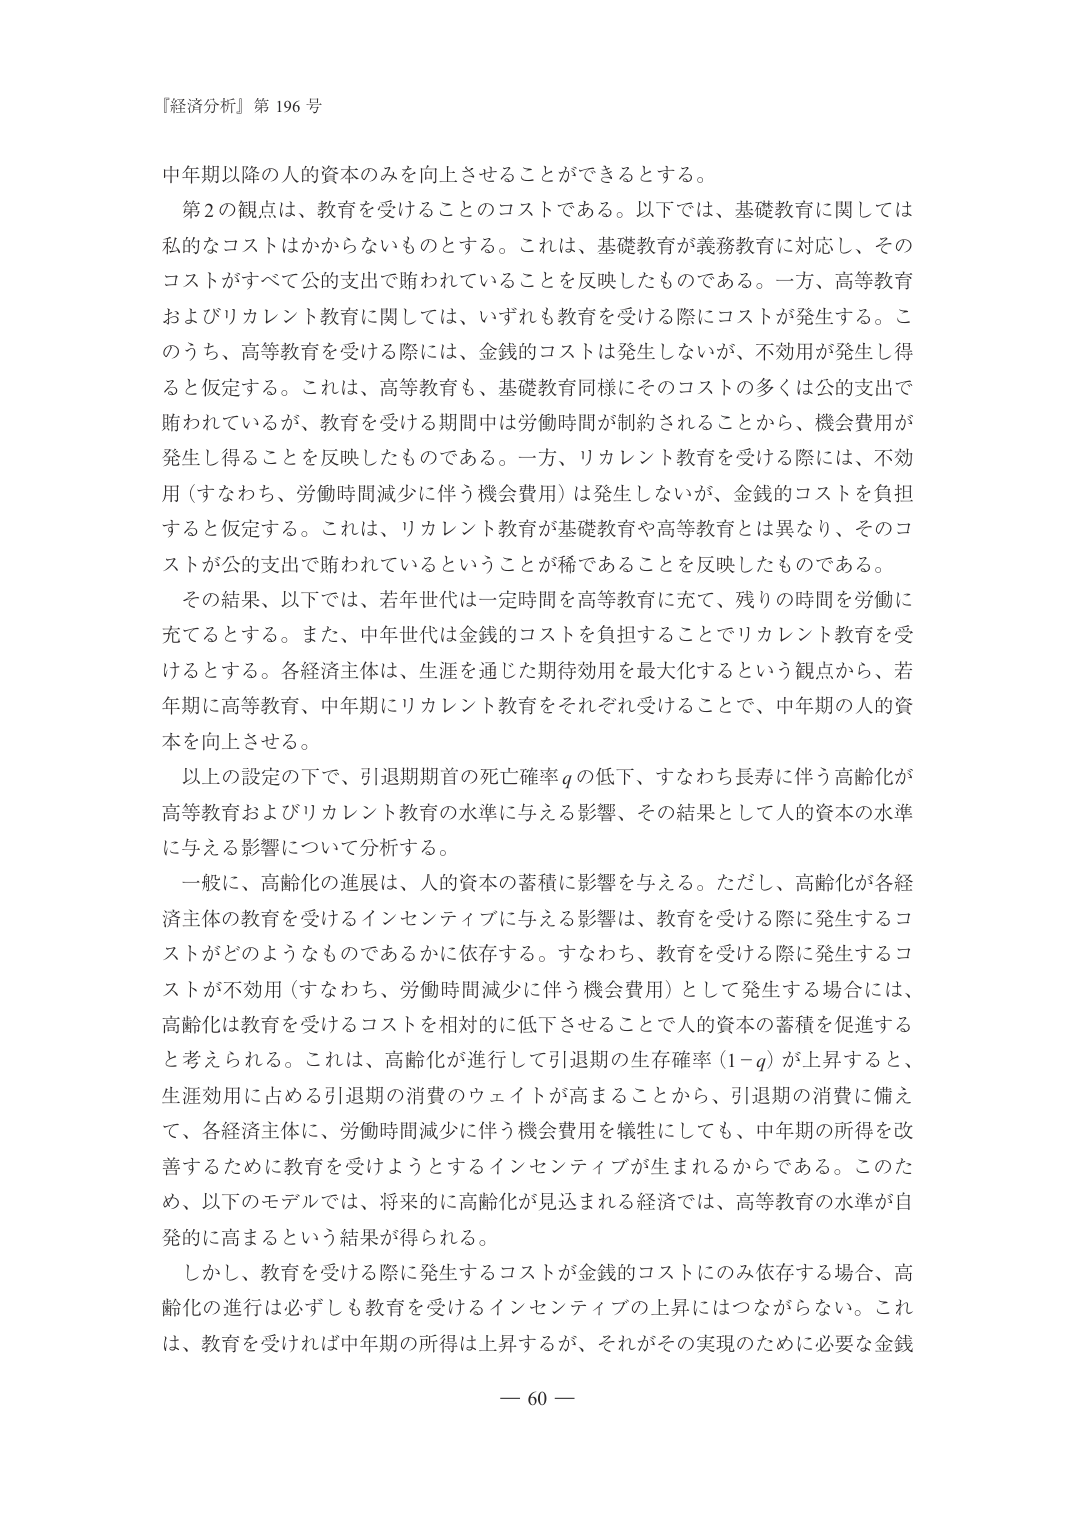
『経済分析』第 196 号

中年期以降の人的資本のみを向上させることができるとする。

第2の観点は、教育を受けることのコストである。以下では、基礎教育に関しては私的なコストはかからないものとする。これは、基礎教育が義務教育に対応し、そのコストがすべて公的支出で賄われていることを反映したものである。一方、高等教育およびリカレント教育に関しては、いずれも教育を受ける際にコストが発生する。このうち、高等教育を受ける際には、金銭的コストは発生しないが、不効用が発生し得ると仮定する。これは、高等教育も、基礎教育同様にそのコストの多くは公的支出で賄われているが、教育を受ける期間中は労働時間が制約されることから、機会費用が発生し得ることを反映したものである。一方、リカレント教育を受ける際には、不効用（すなわち、労働時間減少に伴う機会費用）は発生しないが、金銭的コストを負担すると仮定する。これは、リカレント教育が基礎教育や高等教育とは異なり、そのコストが公的支出で賄われているということが稀であることを反映したものである。

その結果、以下では、若年世代は一定時間を高等教育に充て、残りの時間を労働に充てるとする。また、中年世代は金銭的コストを負担することでリカレント教育を受けるとする。各経済主体は、生涯を通じた期待効用を最大化するという観点から、若年期に高等教育、中年期にリカレント教育をそれぞれ受けることで、中年期の人的資本を向上させる。

以上の設定の下で、引退期首の死亡確率 q の低下、すなわち長寿に伴う高齢化が高等教育およびリカレント教育の水準に与える影響、その結果として人的資本の水準に与える影響について分析する。

一般に、高齢化の進展は、人的資本の蓄積に影響を与える。ただし、高齢化が各経済主体の教育を受けるインセンティブに与える影響は、教育を受ける際に発生するコストがどのようなものであるかに依存する。すなわち、教育を受ける際に発生するコストが不効用（すなわち、労働時間減少に伴う機会費用）として発生する場合には、高齢化は教育を受けるコストを相対的に低下させることで人的資本の蓄積を促進すると考えられる。これは、高齢化が進行して引退期の生存確率（1−q）が上昇すると、生涯効用に占める引退期の消費のウェイトが高まることから、引退期の消費に備えて、各経済主体に、労働時間減少に伴う機会費用を犠牲にしても、中年期の所得を改善するために教育を受けようとするインセンティブが生まれるからである。このため、以下のモデルでは、将来的に高齢化が見込まれる経済では、高等教育の水準が自発的に高まるという結果が得られる。

しかし、教育を受ける際に発生するコストが金銭的コストにのみ依存する場合、高齢化の進行は必ずしも教育を受けるインセンティブの上昇にはつながらない。これは、教育を受ければ中年期の所得は上昇するが、それがその実現のために必要な金銭

— 60 —